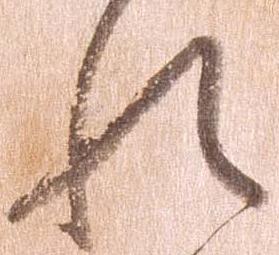
れ